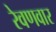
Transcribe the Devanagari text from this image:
रेवणवार